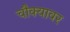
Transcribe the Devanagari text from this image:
चौक्यावर